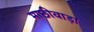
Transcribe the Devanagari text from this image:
माछीवाड़ा